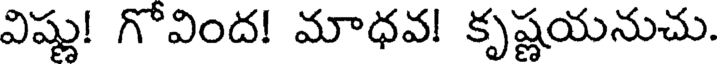
విష్ణు! గోవింద! మాధవ! కృష్ణయనుచు.